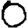
Digit: 0